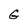
Character: G